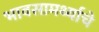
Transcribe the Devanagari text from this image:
भावसामर्थ्याचे